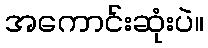
အကောင်းဆုံးပဲ။